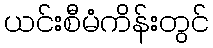
ယင်းစီမံကိန်းတွင်